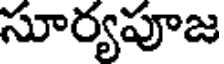
సూర్యపూజ